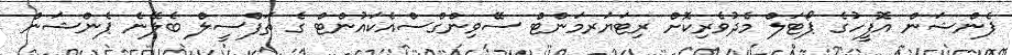
ޕެންޝަން އޮފީހުގެ ޕޯޓަލް މެދުވެރިކޮށް ރިޓަޔަރމަންޓް ސޭވިންގްސްއެކައުންޓް ގެ ތަފްސީލް ބެލޭނެ ޕެންޝަން